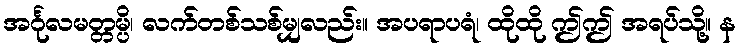
အင်္ဂုလမတ္တမ္ပိ၊ လက်တစ်သစ်မျှလည်း။ အပရာပရံ၊ ထိုထို ဤဤ အရပ်သို့။ န